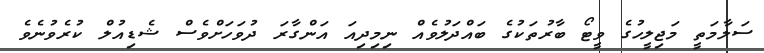
ސަލާމަތީ މަޖިލީހުގެ ވީޓޯ ބާރުތަކުގެ ބައްދަލުވެއް ނިމިދިއަ އަންގާރަ ދުވަހަށްވެސް ޝެޑިއުލް ކުރެވުނެވެ